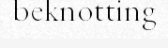
beknotting